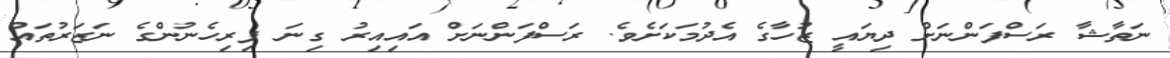
ނަތާޝާ ރަސްފަންނަށް ދިޔައީ ޒުހާގެ އެދުމަކަށެވެ. ރަސްފަންނަށް އައިއިރު ގިނަ ފިރިހެނުންގެ ނަޒަރުތައް